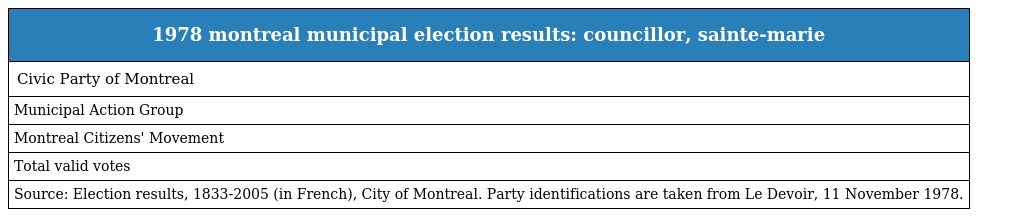
| 1978 montreal municipal election results: councillor, sainte-marie |
 | --- |
 | Civic Party of Montreal |
 | Municipal Action Group |
 | Montreal Citizens' Movement |
 | Total valid votes |
 | Source: Election results, 1833-2005 (in French), City of Montreal. Party identifications are taken from Le Devoir, 11 November 1978. |